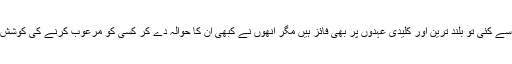
ان میں سے کئی تو بلند ترین اور کلیدی عہدوں پر بھی فائز ہیں مگر انھوں نے کبھی ان کا حوالہ دے کر کسی کو مرعوب کرنے کی کوشش نہ کی۔